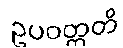
ဥပဝတ္တတိ